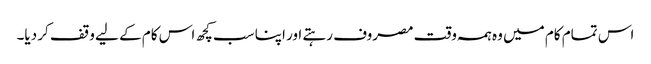
اس تمام کام میں وہ ہمہ وقت مصروف رہتے اور اپنا سب کچھ اس کام کے لیے وقف کر دیا۔